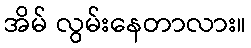
အိမ် လွမ်းနေတာလား။